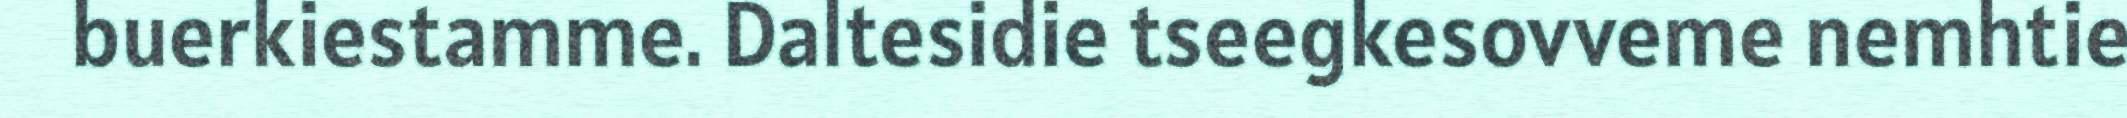
buerkiestamme. Daltesidie tseegkesovveme nemhtie